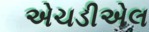
એચડીએલ